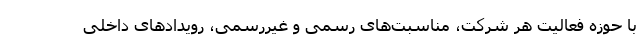
با حوزه فعالیت هر شرکت، مناسبت‌های رسمی و غیررسمی، رویدادهای داخلی